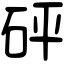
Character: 砰